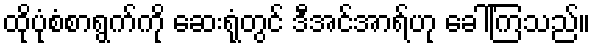
ထိုပုံစံစာရွက်ကို ဆေးရုံတွင် ဒီအင်အာရ်ဟု ခေါ်ကြသည်။